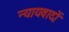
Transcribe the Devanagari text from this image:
न्यायवादों